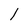
Character: l